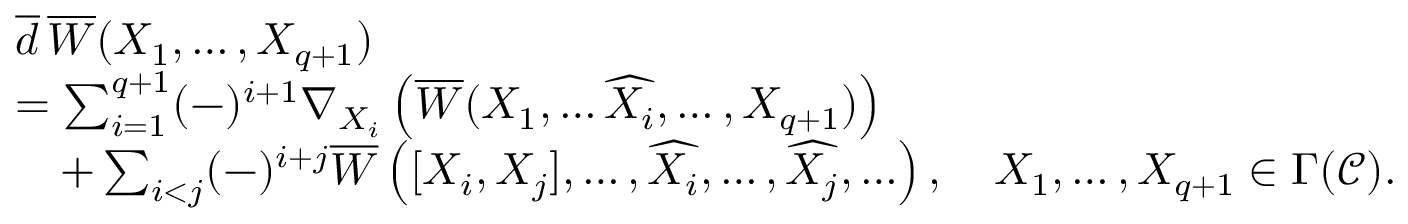
\begin{array} { r l } & { \overline { d } \, \overline { W } ( X _ { 1 } , \ldots , X _ { q + 1 } ) } \\ & { = \sum _ { i = 1 } ^ { q + 1 } ( - ) ^ { i + 1 } \nabla _ { X _ { i } } \left( \overline { W } ( X _ { 1 } , \ldots \widehat { X _ { i } } , \ldots , X _ { q + 1 } ) \right) } \\ & { \quad + \sum _ { i < j } ( - ) ^ { i + j } \overline { W } \left( [ X _ { i } , X _ { j } ] , \ldots , \widehat { X _ { i } } , \ldots , \widehat { X _ { j } } , \ldots \right) , \quad X _ { 1 } , \ldots , X _ { q + 1 } \in \Gamma ( \mathscr C ) . } \end{array}